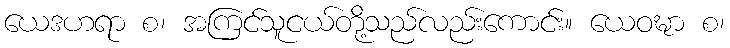
ယေဒဟရာ စ၊ အကြင်သူငယ်တို့သည်လည်းကောင်း။ ယေဝဍ္ဎာ စ၊